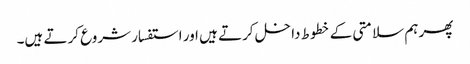
پھر ہم سلامتی کے خطوط داخل کرتے ہیں اور استفسار شروع کرتے ہیں۔